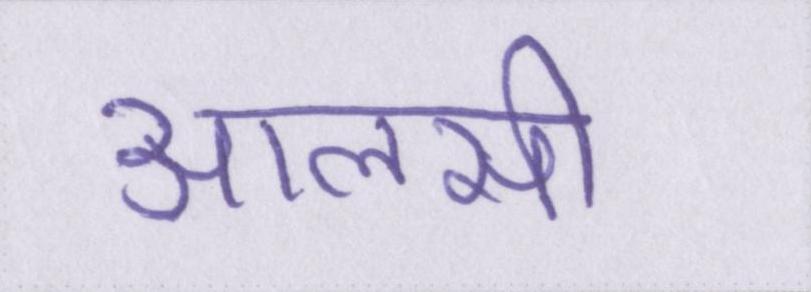
आलसी